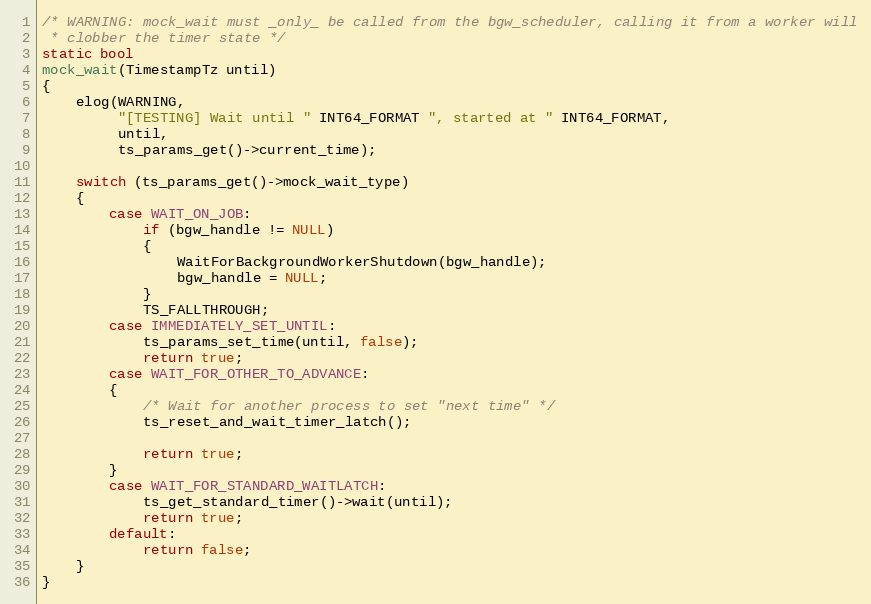
Language: C
/* WARNING: mock_wait must _only_ be called from the bgw_scheduler, calling it from a worker will
 * clobber the timer state */
static bool
mock_wait(TimestampTz until)
{
	elog(WARNING,
		 "[TESTING] Wait until " INT64_FORMAT ", started at " INT64_FORMAT,
		 until,
		 ts_params_get()->current_time);

	switch (ts_params_get()->mock_wait_type)
	{
		case WAIT_ON_JOB:
			if (bgw_handle != NULL)
			{
				WaitForBackgroundWorkerShutdown(bgw_handle);
				bgw_handle = NULL;
			}
			TS_FALLTHROUGH;
		case IMMEDIATELY_SET_UNTIL:
			ts_params_set_time(until, false);
			return true;
		case WAIT_FOR_OTHER_TO_ADVANCE:
		{
			/* Wait for another process to set "next time" */
			ts_reset_and_wait_timer_latch();

			return true;
		}
		case WAIT_FOR_STANDARD_WAITLATCH:
			ts_get_standard_timer()->wait(until);
			return true;
		default:
			return false;
	}
}